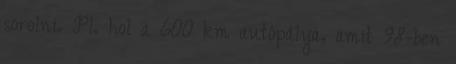
sorolni. Pl. hol a 600 km autópálya, amit 98-ben